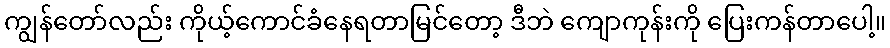
ကျွန်တော်လည်း ကိုယ့်ကောင်ခံနေရတာမြင်တော့ ဒီဘဲ ကျောကုန်းကို ပြေးကန်တာပေါ့။